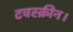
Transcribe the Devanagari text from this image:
टचस्क्रीन।